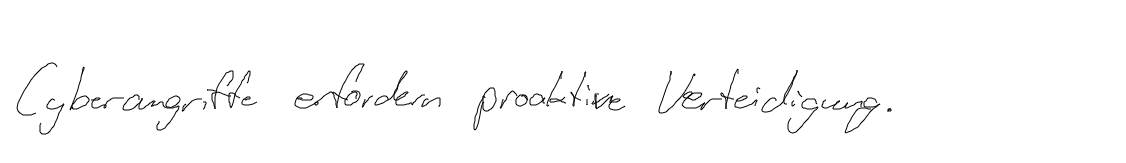
Cyberangriffe erfordern proaktive Verteidigung.